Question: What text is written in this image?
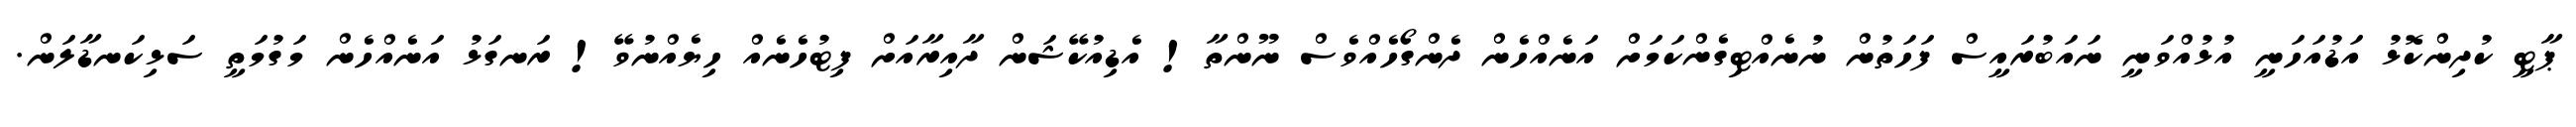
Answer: ޕާޓީ ކުދިންކޮޅު އަޑުއަހަނީ އުޅުއްވަނީ ނައަބުރައީސް ފަހަތުން ނުނެއްޓިގެންކަމަށް އަނެއްހެން ދެންގޯހެއްވެސް ނޫންތާ! އެޑިއުކޭޝަން ދާއިރާއަށް ފިޓުހެނެއް ހިޔެއްނުވޭ! ރަނގަޅު އަނެއްހެން މަގުމަތީ ސަޅިކަނޑާލަން.